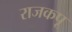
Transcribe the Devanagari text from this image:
राजकपू